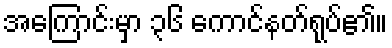
အကြောင်းမှာ ၃၆ ကောင်နတ်ရုပ်၏။